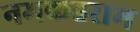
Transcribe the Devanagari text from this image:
नमकहराम